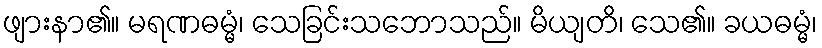
ဖျားနာ၏။ မရဏဓမ္မံ၊ သေခြင်းသဘောသည်။ မိယျတိ၊ သေ၏။ ခယဓမ္မံ၊